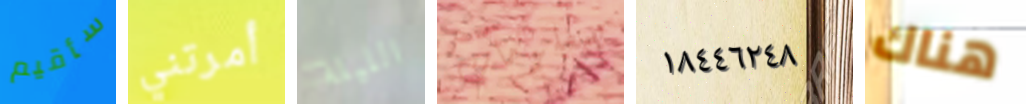
سأقيم أمرتني الليلة بمعلومات ١٨٤٤٦٢٤٨ هناك